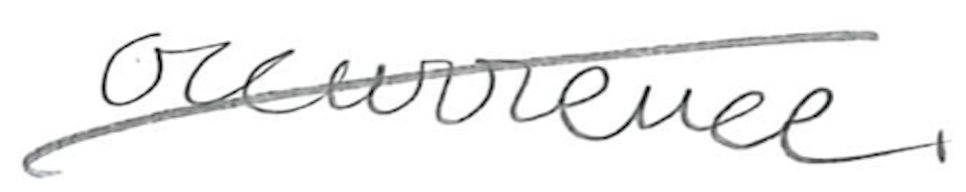
Text: occurrence.
Cross-out: diagonal
Writing tool: pencil